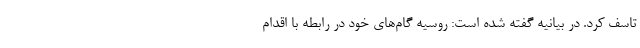
تاسف کرد. در بیانیه گفته شده است: روسیه گام‌های خود در رابطه با اقدام